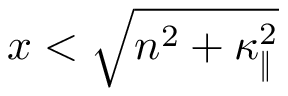
x < \sqrt { n ^ { 2 } + \kappa _ { \| } ^ { 2 } }